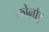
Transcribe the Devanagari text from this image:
कोर्नाड़